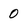
Character: 0